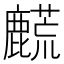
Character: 𬹀